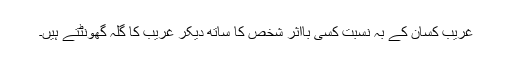
غریب کسان کے بہ نسبت کسی بااثر شخص کا ساتھ دیکر غریب کا گلہ گھونٹتے ہیں۔